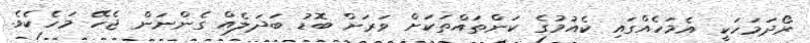
ރޯދަމަހަކީ އެމަހެއްގައި ކެއުމުގެ ކަންތައްތަކަށް ވަރަށް ބޮޑު ބަދަލެއް ގެންނަން ޖެހޭ މަހެކެވެ.